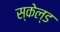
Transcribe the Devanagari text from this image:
स्केल्ड